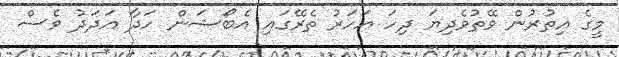
މީގެ އިތުރުން ވޭތުވެދިޔަ ދިހަ އަހަރު ތެރޭގައި އެބޯޝަން ހަދާ އަދަދު ވެސް